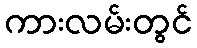
ကားလမ်းတွင်